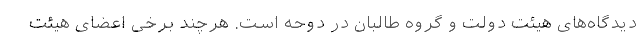
دیدگاه‌های هیئت دولت و گروه طالبان در دوحه است. هرچند برخی اعضای هیئت